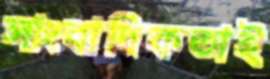
সাংবাদিকতাই